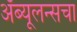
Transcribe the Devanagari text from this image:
अँब्यूलन्सचा